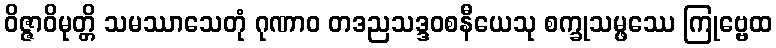
ဝိဇ္ဇာဝိမုတ္တိ သမဿာသေတုံ ဂုဏာဝ တဒညသဒ္ဒဝစနီယေသု စက္ခုသမ္ဖဿေ ကြုဗ္ဗေထ